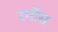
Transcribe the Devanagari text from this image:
रमोंस